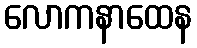
လောကနာထေန